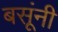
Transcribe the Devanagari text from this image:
बसूंनी